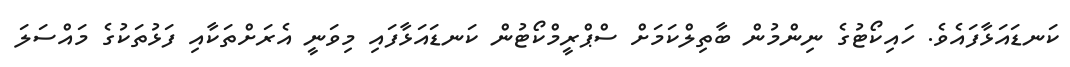
ކަނޑައަޅާފައެވެ. ހައިކޯޓުގެ ނިންމުން ބާތިލްކަމަށް ސްޕްރީމްކޯޓުން ކަނޑައަޅާފައި މިވަނީ އެރަށްތަކާއި ފަޅުތަކުގެ މައްސަލަ